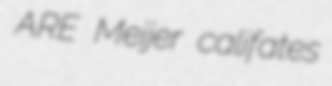
ARE Meijer califates